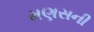
મણસની